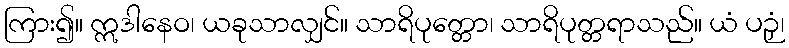
ကြား၍။ ဣဒါနေဝ၊ ယခုသာလျှင်။ သာရိပုတ္တော၊ သာရိပုတ္တရာသည်။ ယံ ပဉှံ၊